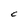
Character: C